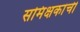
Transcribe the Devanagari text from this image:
समिक्षकांची